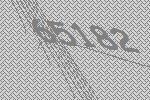
65182